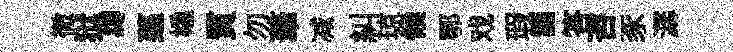
徹狱缚薖橇質勿茟减糾琼候鄂戏瑕箋答咨豕潺